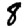
Digit: 8